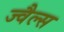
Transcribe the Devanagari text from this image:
ज्वैल्स